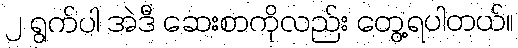
၂ ရွက်ပါ အဲဒီ ဆေးစာကိုလည်း တွေ့ရပါတယ်။